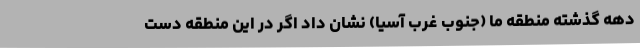
دهه گذشته منطقه ما (جنوب غرب آسیا) نشان داد اگر در این منطقه دست